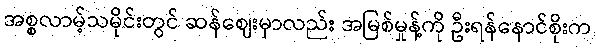
အစ္စလာမ့်သမိုင်းတွင် ဆန်ဈေးမှာလည်း အမြစ်မှုန့်ကို ဦးရန်နောင်စိုးက